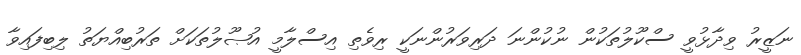
ނަޒީރު ވިދާޅުވީ ސްކޫލުތަކުން ނުކުންނަ ދަރިވަރުންނަކީ ރިވެތި އިސްލާމީ އުޞޫލުތަކަށް ތަރުބިއްޔަތު ލިބިފައިވާ